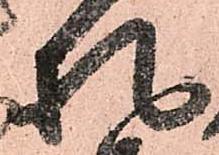
札